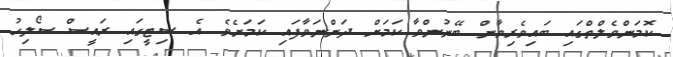
ކޮމަންވެލްތްގައި ބައިވެރިވާން ބޭނުންވާ ކަމަށް ދަންނަވާފައި ކަމަށެވެ. އެ ސިޓީގައި ރައީސް ސޯލިހު